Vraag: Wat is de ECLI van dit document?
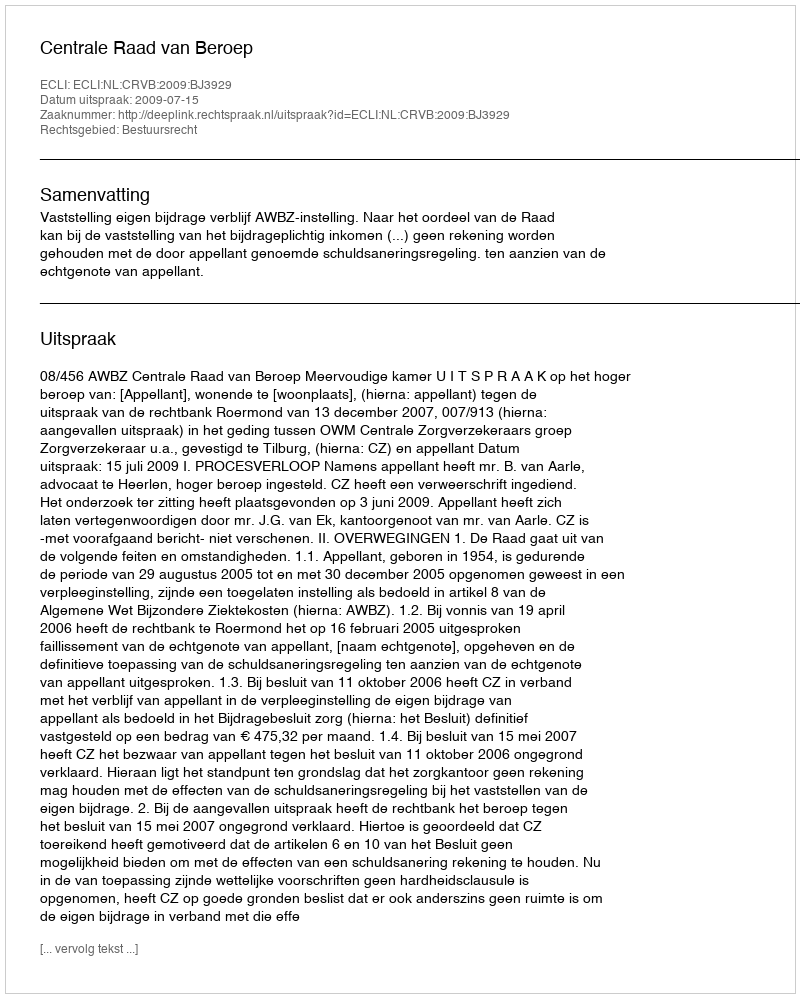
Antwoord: ECLI:NL:CRVB:2009:BJ3929